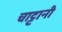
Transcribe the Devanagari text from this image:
चाट्टानी